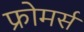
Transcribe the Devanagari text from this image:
फ्रोमर्स